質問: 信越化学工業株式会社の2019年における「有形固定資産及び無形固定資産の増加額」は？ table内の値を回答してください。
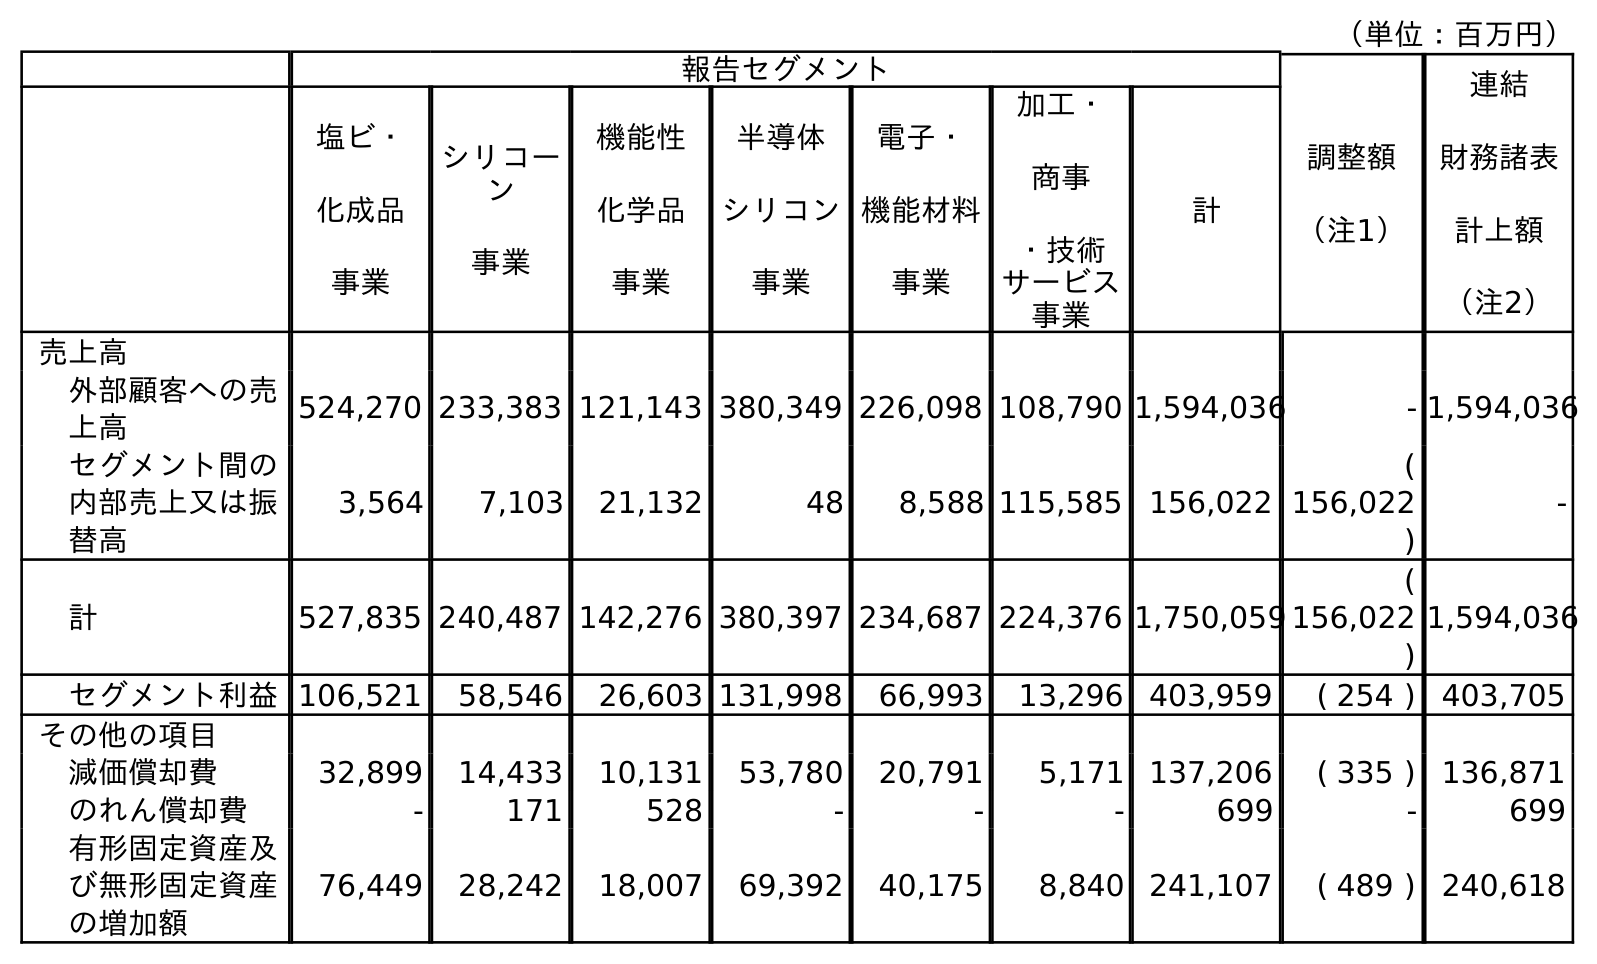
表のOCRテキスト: （単位：百万円） 報告セグメント 調整額 （注1） 連結 財務諸表 計上額 （注2） 塩ビ・ 化成品 事業 シリコー ン 事業 機能性 化学品 事業 半導体 シリコン 事業 電子・ 機能材料 事業 加工・ 商事 ・技術 サービス 事業 計 売上高 外部顧客への売 上高 524,270 233,383 121,143 380,349 226,098 108,790 1,594,036 - 1,594,036 セグメント間の 内部売上又は振 替高 3,564 7,103 21,132 48 8,588 115,585 156,022 ( 156,022 ) - 計 527,835 240,487 142,276 380,397 234,687 224,376 1,750,059 ( 156,022 ) 1,594,036 セグメント利益106,521 58,546 26,603 131,998 66,993 13,296 403,959 ( 254 ) 403,705 その他の項目 減価償却費 32,899 14,433 10,131 53,780 20,791 5,171 137,206 ( 335 ) 136,871 のれん償却費 - 171 528 - - - 699 - 699 有形固定資産及 び無形固定資産 の増加額 76,449 28,242 18,007 69,392 40,175 8,840 241,107 ( 489 ) 240,618
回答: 240,618